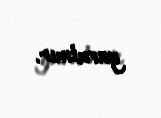
yaratmır.